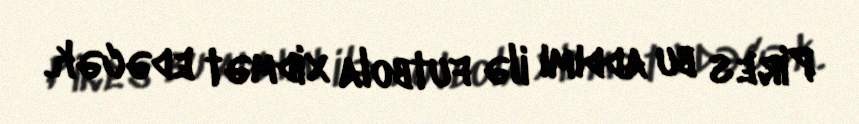
Pires bu addımı ilə futbola xidmət edəcək.